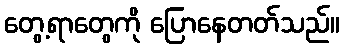
တွေ့ရာတွေကို ပြောနေတတ်သည်။